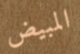
المبيض